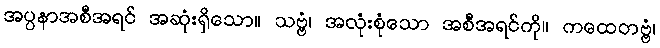
အပ္ပနာအစီအရင် အဆုံးရှိသော။ သဗ္ဗံ၊ အလုံးစုံသော အစီအရင်ကို။ ကထေတဗ္ဗံ၊